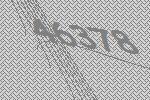
46378